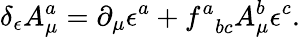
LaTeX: \delta_{\epsilon}A_{\mu}^{a}=\partial_{\mu}\epsilon^{a}+f_{\; \; bc}^{a}A_{\mu}^{b}\epsilon^{c}.